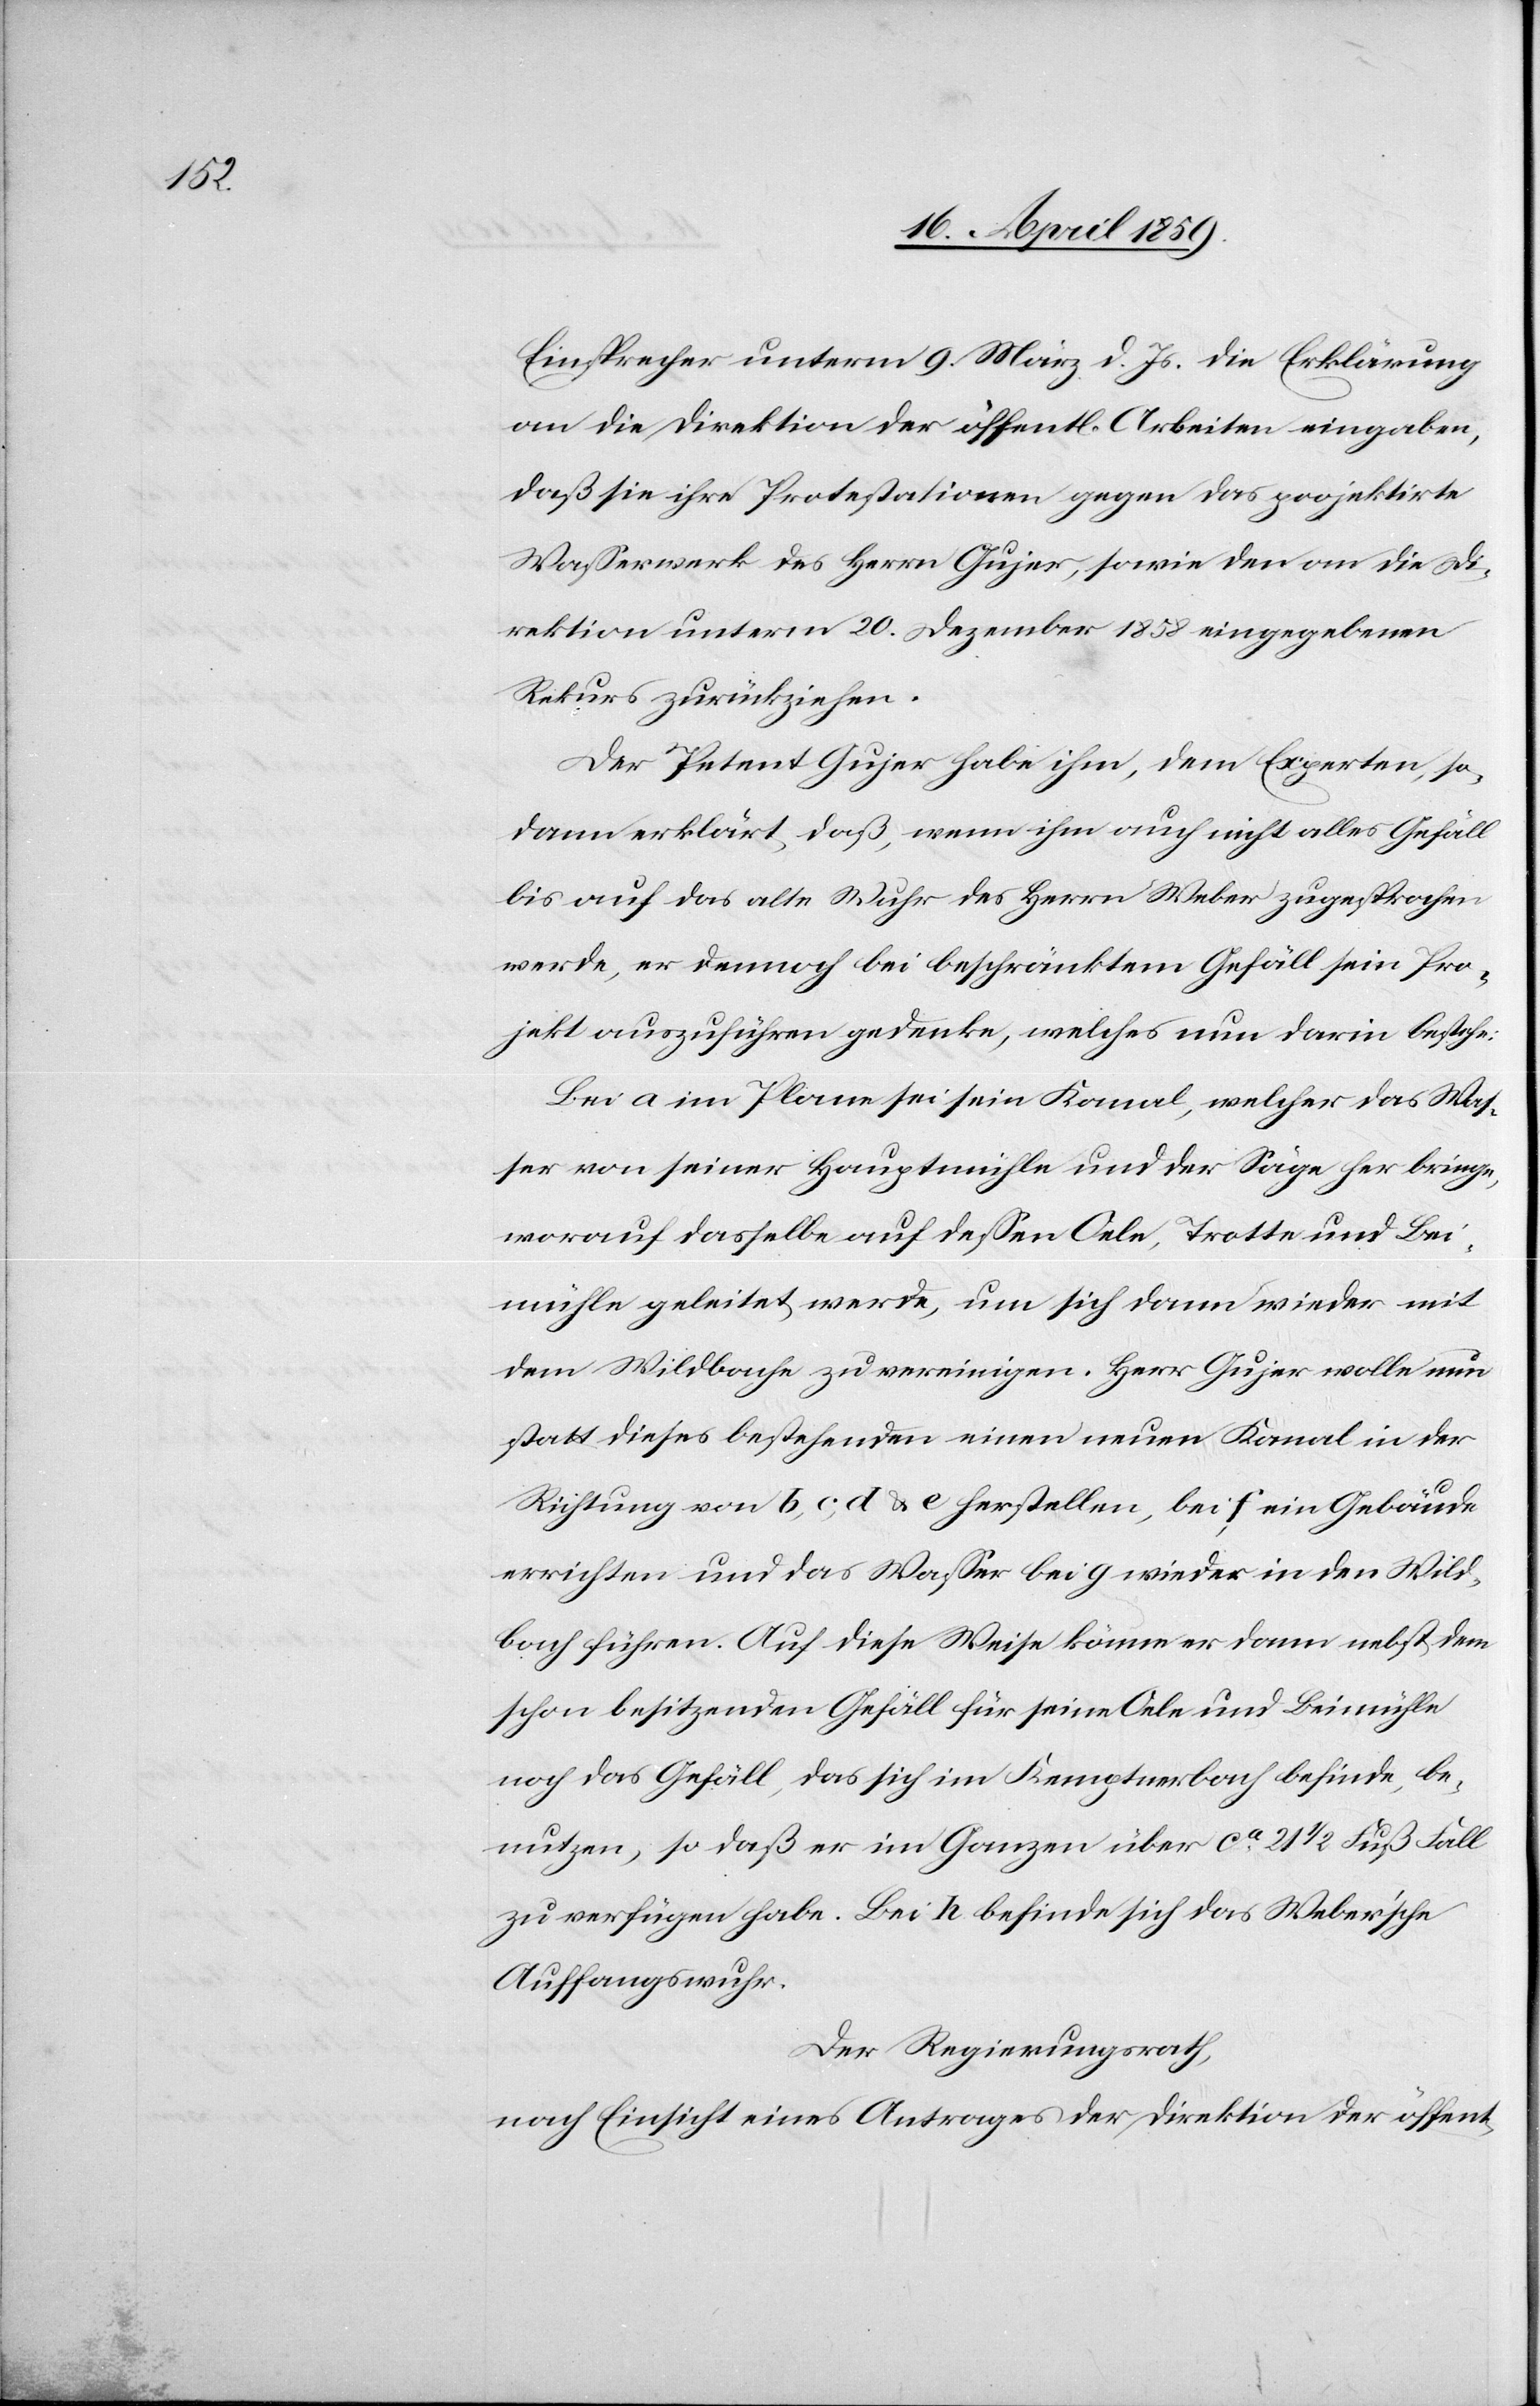
Einsprecher unterm 9. März d. Js. die Erklärung
an die Direktion der öffentlichen Arbeiten eingaben,
daß sie ihre Protestationen gegen das projektirte
Waßerwerk des Herrn Gujer, sowie den an die Di¬
rektion unterm 20. Dezember 1858 eingegebenen
Rekurs zurückziehen.
Der Petent Gujer habe ihm, dem Experten, so¬
dann erklärt, daß wenn ihm auch nicht alles Gefäll
bis auf das alte Wuhr des Herrn Weber zugesprochen
werde, er dennoch bei beschränktem Gefäll sein Pro¬
jekt auszuführen gedenke, welches nun darin bestehe:
Bei a im Plane sei sein Kanal, welcher das Was¬
ser von seiner Hauptmühle und der Säge her bringe,
worauf dasselbe auf deßen Oele, Trotte und Bei¬
mühle geleitet werde, um sich dann wieder mit
dem Wildbache zu vereinigen. Herr Gujer wolle nun
statt dieses bestehenden einen neuen Kanal in der
Richtung von b, c, d & e herstellen, bei f ein Gebäude
errichten und das Waßer bei g wieder in den Wild¬
bach führen. Auf diese Weise könne er dann nebst dem
schon besitzenden Gefäll für seine Oele und Beimühle
noch das Gefäll, das sich im Kemptnerbach befinde, be¬
nutzen, so daß er im Ganzen über ca 21 1/2 Fuß Fall
zu verfügen habe. Bei h befinde sich das Webersche
Auffangswuhr.
Der Regierungsrath,
nach Einsicht eines Antrages der Direktion der öffent-